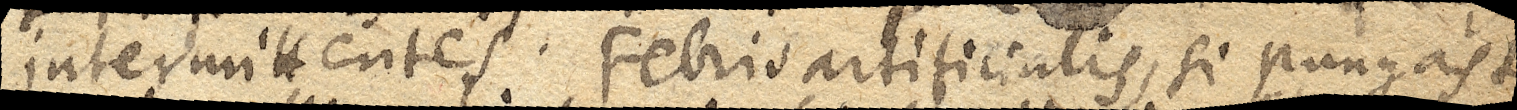
intermittentes. Febris artificialis, si pungas te